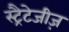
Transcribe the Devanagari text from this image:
स्ट्रैटेजीज़